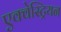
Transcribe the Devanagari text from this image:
एक्वेस्ट्रियन